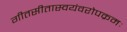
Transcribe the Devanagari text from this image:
गीतसीतास्वयंवरोपक्रमः